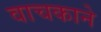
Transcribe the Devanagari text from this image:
वाचकाने